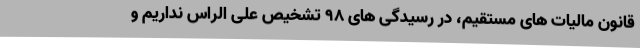
قانون مالیات های مستقیم، در رسیدگی های 98 تشخیص علی الراس نداریم و